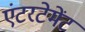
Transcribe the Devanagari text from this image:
एंटरटेमेंट